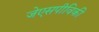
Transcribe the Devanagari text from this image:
जेएसपीविकी